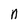
Character: n